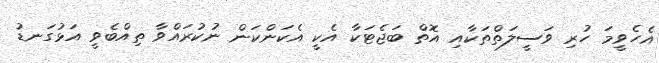
އެހެވީމަ ހުރި ވަސީލަތްތަކާއި އޮތް ބަޖެޓަކާ އެކީ އެކަންކަން ނުކުރައްވާ ތިއްބެވީ އަޅުގަނޑު